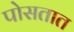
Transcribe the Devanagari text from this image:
पोसतात